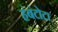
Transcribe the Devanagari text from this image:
हंबंटोटा